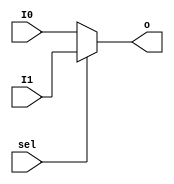
`timescale 1ns / 1ps
//////////////////////////////////////////////////////////////////////////////////
// Company: 
// Engineer: 
// 
// Design Name: 
// Module Name:    MUX2T1_32 
// Project Name: 
// Target Devices: 
// Tool versions: 
// Description: 
//
// Dependencies: 
//
// Revision: 
// Revision 0.01 - File Created
// Additional Comments: 
//
//////////////////////////////////////////////////////////////////////////////////
module MUX2T1_32(
	input [31:0] I0,
	input [31:0] I1,
	input sel,
	output [31:0] o
    );
	assign o = sel == 0 ? I0 : I1;
endmodule